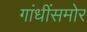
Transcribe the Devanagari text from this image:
गांधींसमोर